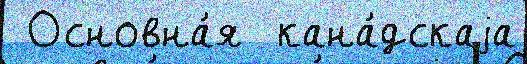
 Основна́я  кана́дскаjа